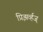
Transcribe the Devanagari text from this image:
प्रिझर्व्हज्